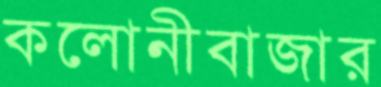
কলোনীবাজার